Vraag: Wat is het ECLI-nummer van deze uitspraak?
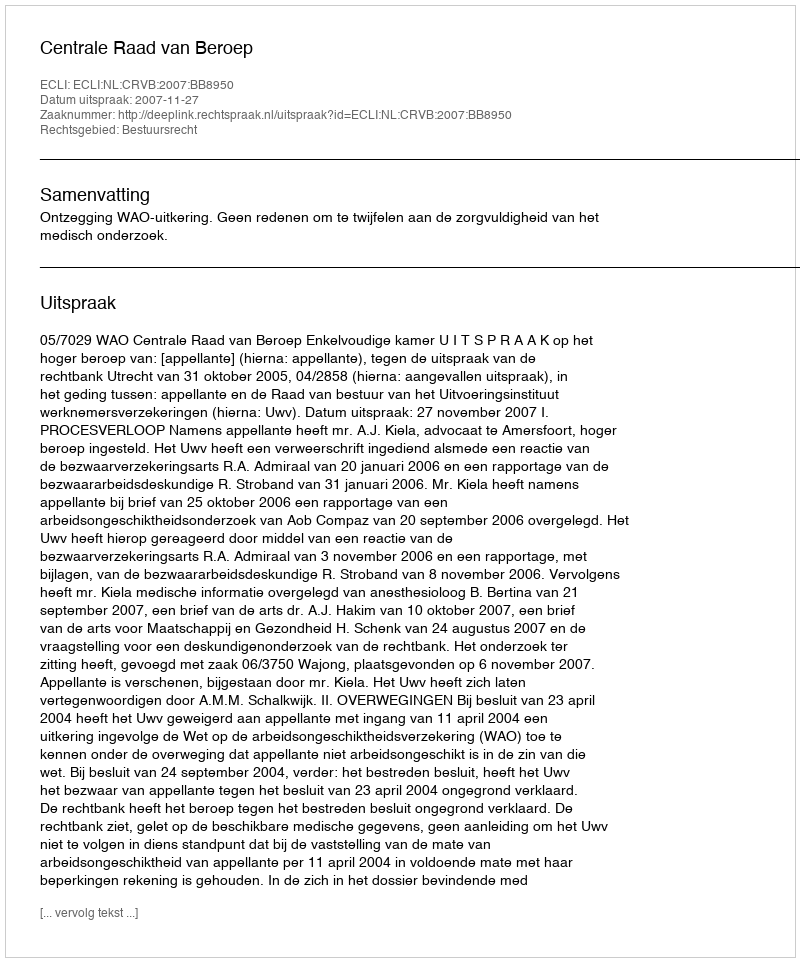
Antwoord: ECLI:NL:CRVB:2007:BB8950